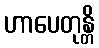
ဟာပေတုန္တိ